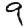
Digit: 9